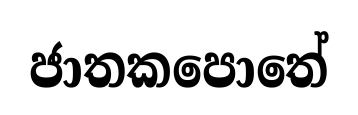
ජාතකපොතේ